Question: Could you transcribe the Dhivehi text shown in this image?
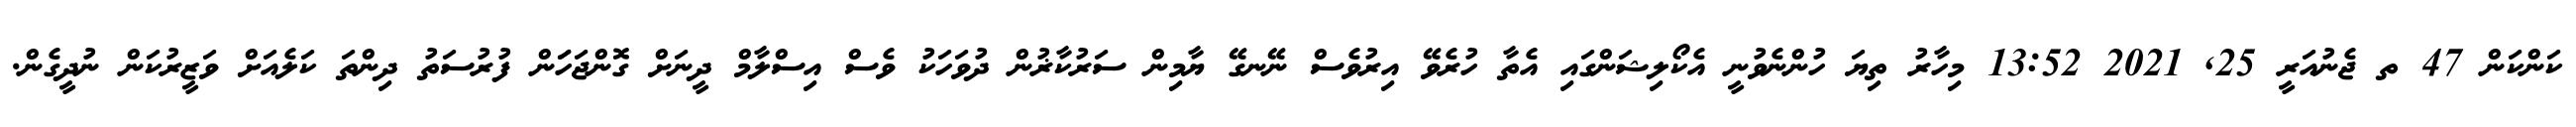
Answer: ކަންކަން 47 ތ ޖެނުއަރީ 25, 2021 13:52 މިހާރު ތިޔަ ހުންނެވުނީ އެކޯލިޝަންގައި އެތާ ހުރެވޭ އިރުވެސް ނޭނގޭ ޔާމިން ސަރުކާޜުން ދުވަހަކު ވެސް އިސްލާމް ދީނަށް ގޮންޖަހަަން ފުރުސަތު ދިންތަ ކަލެއަށް ވަޒީރުކަން ނުދީގެން.